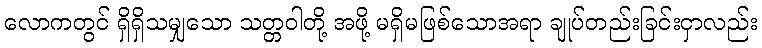
လောကတွင် ရှိရှိသမျှသော သတ္တဝါတို့ အဖို့ မရှိမဖြစ်သောအရာ ချုပ်တည်းခြင်းငှာလည်း